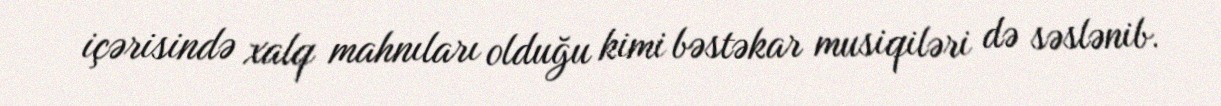
içərisində xalq mahnıları olduğu kimi bəstəkar musiqiləri də səslənib.